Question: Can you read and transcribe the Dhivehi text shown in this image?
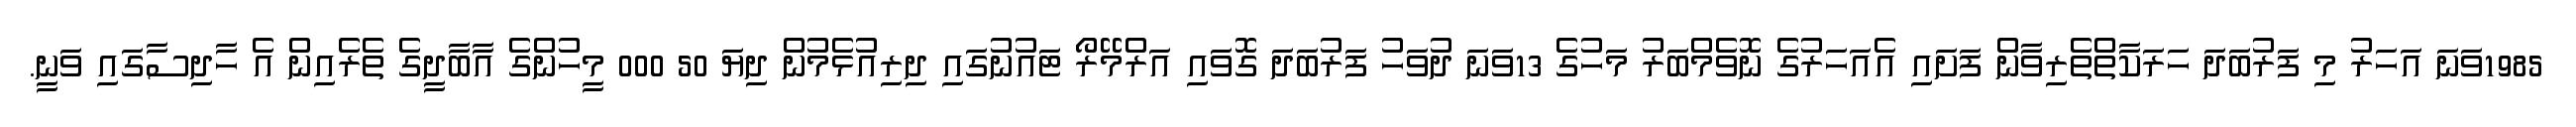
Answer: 1985ވަނަ އަހަރު މި ފަރުބަދަ ހަރަކާތްތެރިވާން ފަށައި އެއަހަރުގެ ނޮވެމްބަރު މަހުގެ 13ވަނަ ދުވަހު ފަރުބަދަ ގޮވައި އަރްމޭރޯ ޓައުނުގައި ދިރިއުޅެމުން ދިޔަ 50 000 މީހުންގެ އާބާދީގެ ތެރެއިން އެ ހާދިސާގައި ވަނީ.